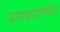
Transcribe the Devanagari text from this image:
सायकोसोमेटिक